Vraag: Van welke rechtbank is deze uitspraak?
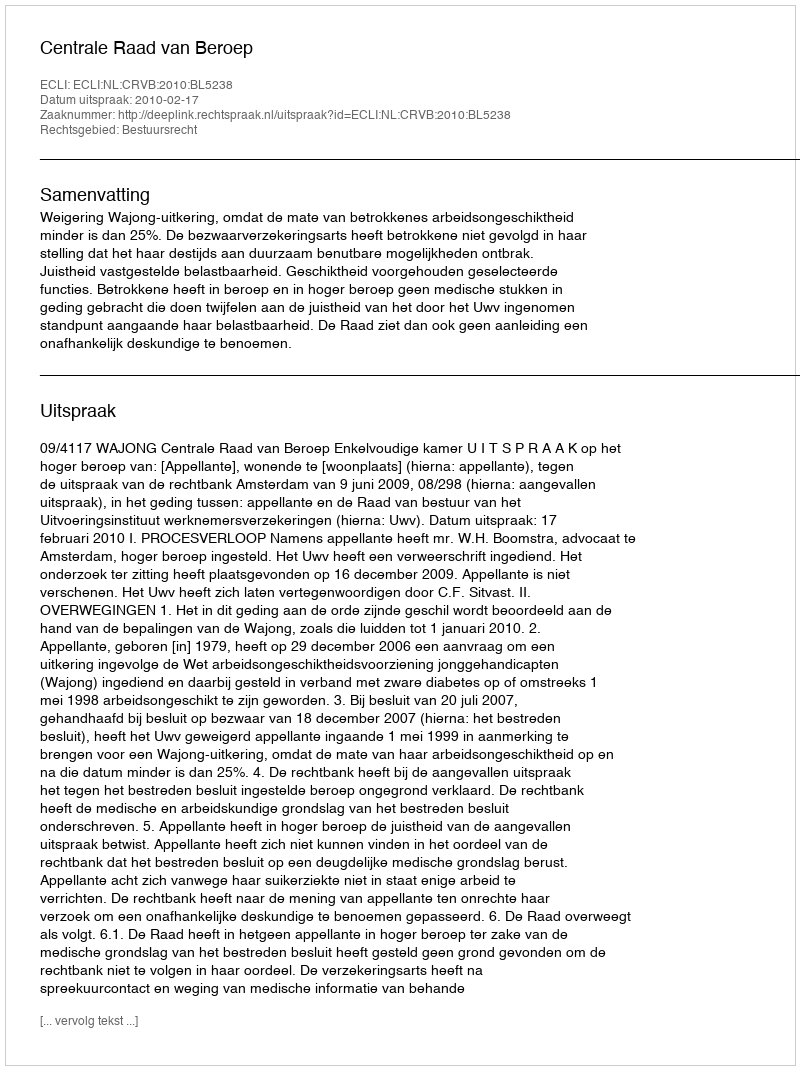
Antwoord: Centrale Raad van Beroep